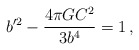
\begin{align*}b'^2 - {4\pi GC^2 \over 3b^4} = 1\,,\end{align*}